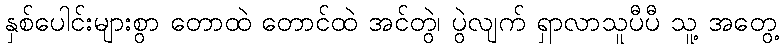
နှစ်ပေါင်းများစွာ တောထဲ တောင်ထဲ အင်တွဲ၊ ပွဲလျက် ရှာလာသူပီပီ သူ့ အတွေ့